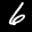
Label: 6